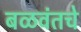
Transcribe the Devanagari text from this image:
बळवंतचे